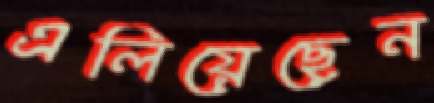
এলিয়েছেন